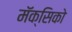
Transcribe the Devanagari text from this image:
मॅक्सिको